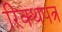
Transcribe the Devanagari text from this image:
रिक्थपत्र